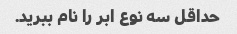
حداقل سه نوع ابر را نام ببرید.